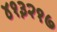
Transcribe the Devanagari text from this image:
४१३२१७